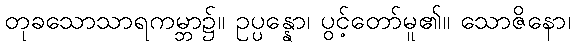
တုခသောသာရကမ္ဘာ၌။ ဥပ္ပန္နော၊ ပွင့်တော်မူ၏။ သောဇိနော၊